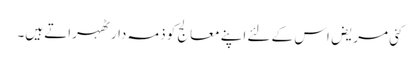
کئی مریض اس کے لئے اپنے معالج کو ذمہ دار ٹھہراتے ہیں۔